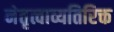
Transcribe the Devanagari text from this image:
नेतृत्वाव्यतिरिक्त